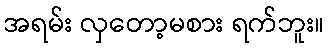
အရမ်း လှတော့မစား ရက်ဘူး။